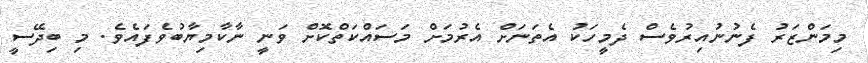
މިމަންޒަރު ފެނުނުއިރުވެސް ދެމީހަކު އެތަނަށް އެރުމަށް މަސައްކަތްކޮށް ވަނީ ނާކާމިޔާބުވެފައެވެ. މި ބިދޭސީ